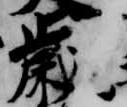
歳